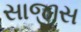
સાજીસ